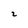
Character: 2